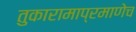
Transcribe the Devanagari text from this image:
तुकारामाप्रमाणेच